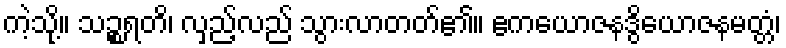
ကဲ့သို့။ သဉ္စရတိ၊ လှည့်လည် သွားလာတတ်၏။ ဧကယောဇနဒွိယောဇနမတ္တံ၊